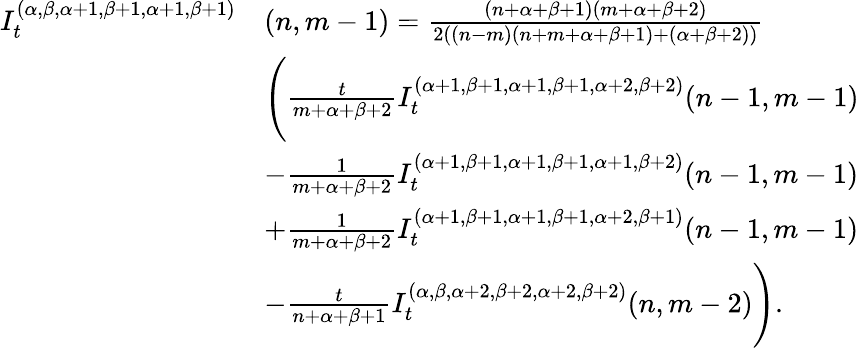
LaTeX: \begin{array}{rl}{I_{t}^{(\alpha,\beta,\alpha+1,\beta+1,\alpha+1,\beta+1)}}&{(n,m-1)=\frac{(n+\alpha+\beta+1)(m+\alpha+\beta+{2})}{2((n-m)(n+m+\alpha+\beta+1)+(\alpha+\beta+2))}}\\ &{\Bigg(\frac{t}{m+\alpha+\beta+2}I_{t}^{(\alpha+1,\beta+1,\alpha+1,\beta+1,\alpha+2,\beta+2)}{(n-1,m-1)}}\\ &{-\frac{1}{m+\alpha+\beta+2}I_{t}^{(\alpha+1,\beta+1,\alpha+1,\beta+1,\alpha+1,\beta+2)}{(n-1,m-1)}}\\ &{+\frac{1}{{m}+\alpha+\beta+2}I_{t}^{(\alpha+1,\beta+1,\alpha+1,\beta+1,\alpha+2,\beta+1)}{(n-1,m-1)}}\\ &{-\frac{t}{n+\alpha+\beta+1}I_{t}^{(\alpha,\beta,\alpha+2,\beta+2,\alpha+2,\beta+2)}{(n,m-2)}\Bigg).}\end{array}